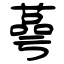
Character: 蕚